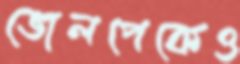
ভোলপেকেও